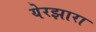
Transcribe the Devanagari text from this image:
येरझारा